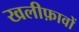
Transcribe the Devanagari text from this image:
खलीफ़ावों